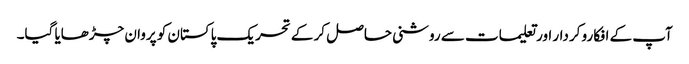
آپ کے افکارو کردار اور تعلیمات سے روشنی حاصل کر کے تحریک پاکستان کو پروان چڑھایا گیا۔